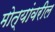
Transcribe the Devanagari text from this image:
मोत्यांवरील